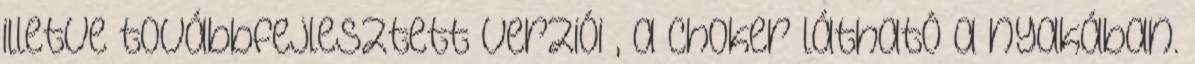
illetve továbbfejlesztett verziói , a choker látható a nyakában.